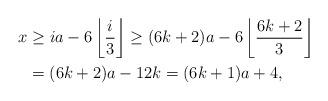
LaTeX: \begin{align*}x & \geq i a - 6 \left\lfloor \frac{i}{3} \right\rfloor \geq (6k+2) a - 6 \left\lfloor \frac{6k+2}{3} \right\rfloor \\& = (6k+2) a - 12 k = (6k+1) a + 4,\end{align*}